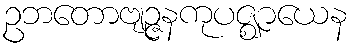
ဥဘတောဗျဉ္ဇနကုပဇ္ဈာယေန